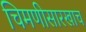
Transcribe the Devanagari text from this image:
चिमणीसारखाच